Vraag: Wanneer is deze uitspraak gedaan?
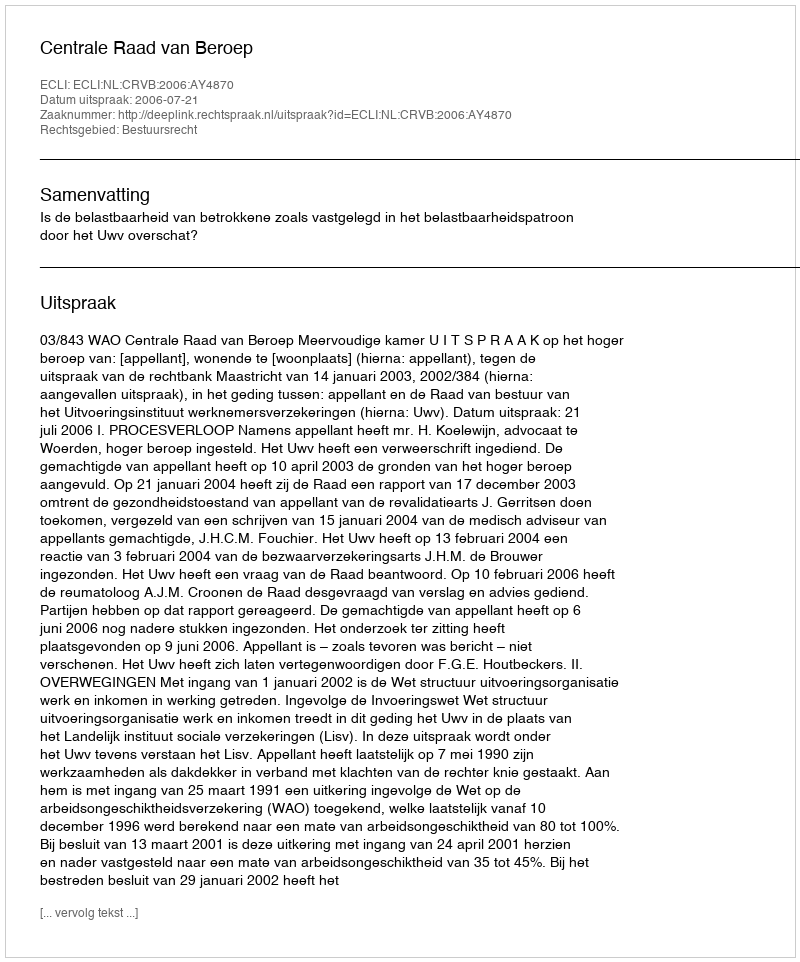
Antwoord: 2006-07-21